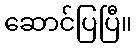
ဆောင်ပြပြီ။